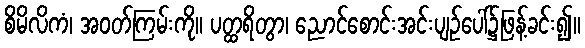
စိမိလိကံ၊ အဝတ်ကြမ်းကို။ ပတ္ထရိတွာ၊ ညောင်စောင်းအင်းပျဉ်ပေါ်၌ဖြန့်ခင်း၍။